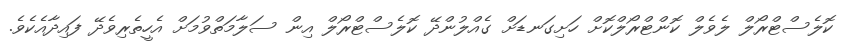
ކޮލެސްޓްރޯލް ލެވެލް ކޮންޓްރޯލްކޮށް ހަށިގަނޑަށް ގެއްލުންދޭ ކޮލެސްޓްރޯލް އިން ސަލާމަތްވުމަށް އެހީތެރިވެދޭ ފައިދާއެކެވެ.